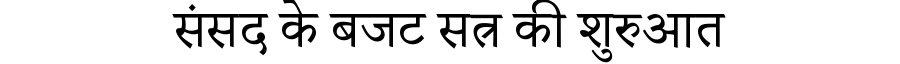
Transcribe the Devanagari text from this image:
संसद के बजट सत्र की शुरुआत